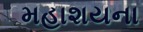
મહાશયના